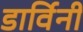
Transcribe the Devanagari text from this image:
डार्विनी